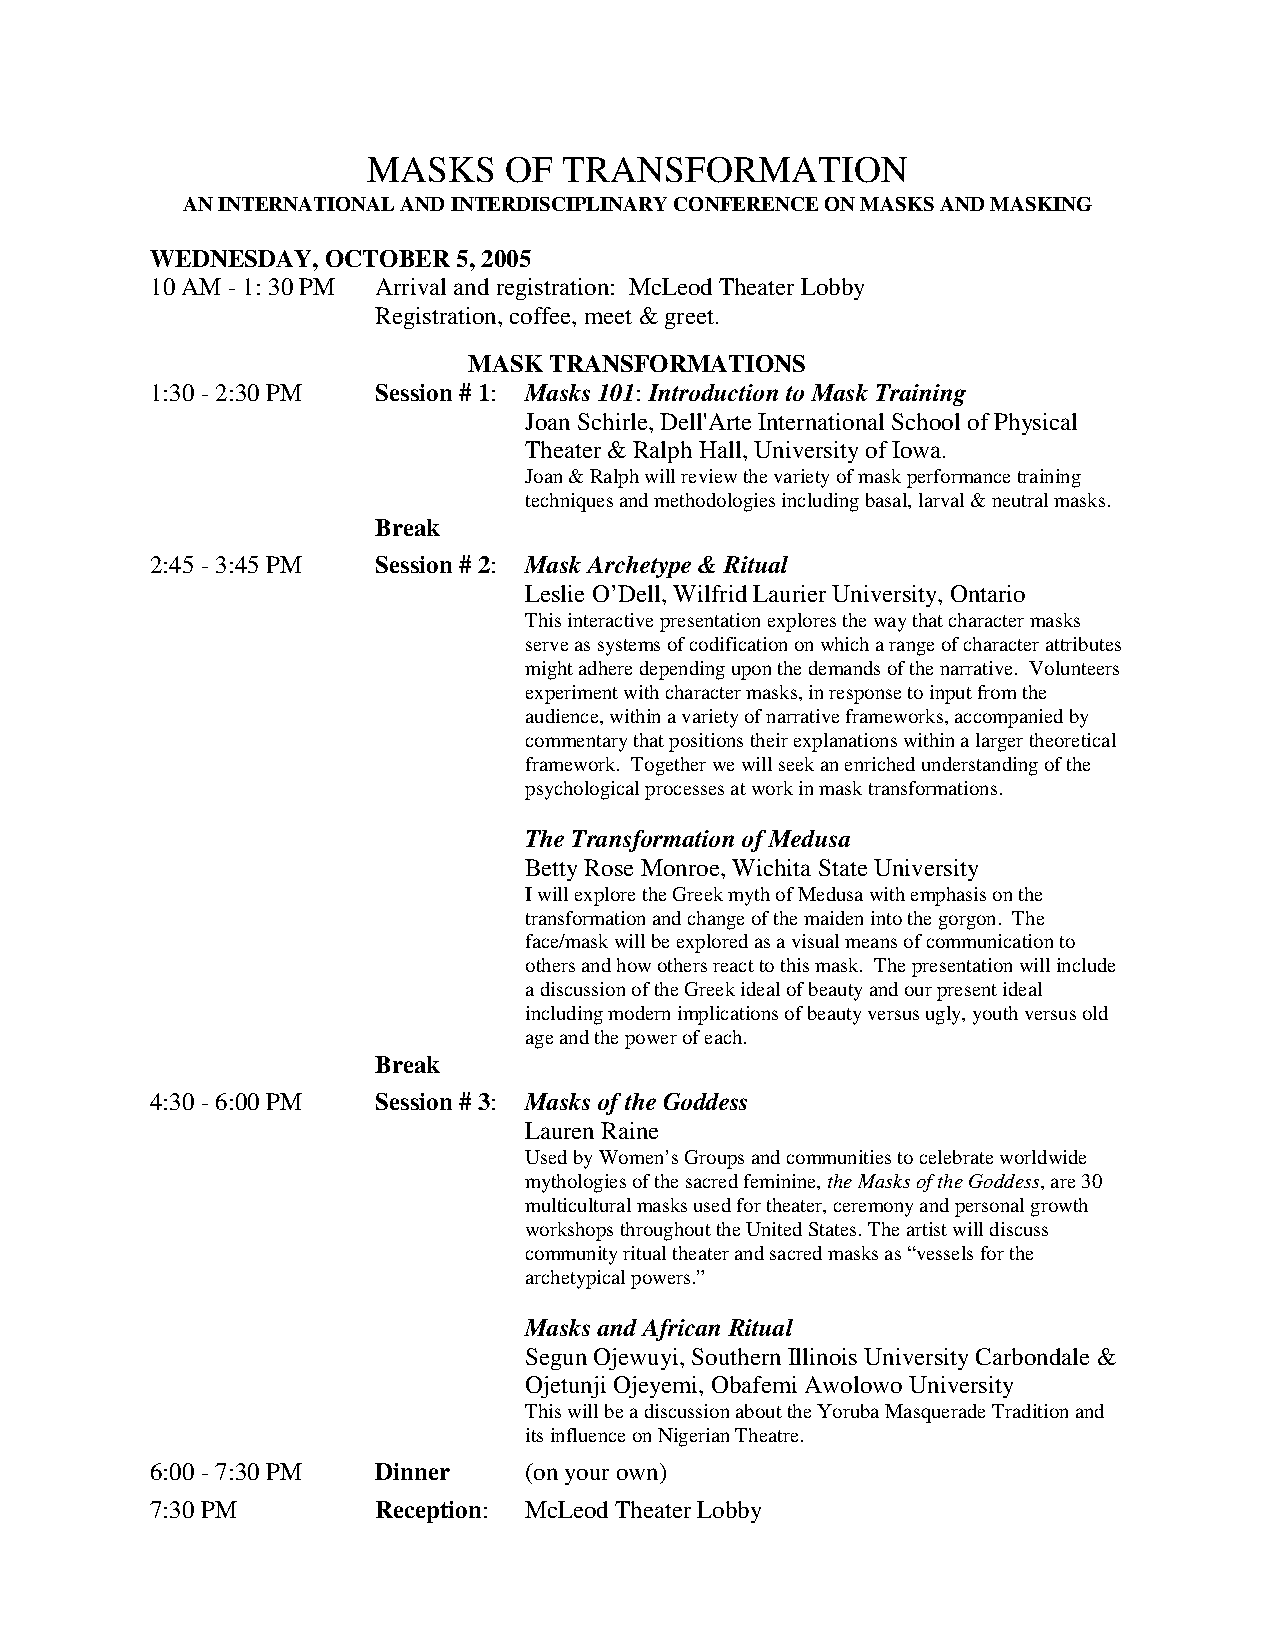
MASKS    OF  TRANSFORMATION
 AN INTERNATIONAL AND INTERDISCIPLINARY CONFERENCE ON MASKS AND MASKING
 WEDNESDAY,  OCTOBER 5, 2005
 10 AM - 1: 30 PM Arrival and registration: McLeod Theater Lobby
 Registration, coffee, meet & greet.
 MASK TRANSFORMATIONS
 1:30 - 2:30 PM Session # 1: Masks 101: Introduction to Mask Training
 Joan Schirle, Dell'Arte International School of Physical
 Theater & Ralph Hall, University of Iowa.
 Joan & Ralph will review the variety of mask performance training
 techniques and methodologies including basal, larval & neutral masks.
 Break
 2:45 - 3:45 PM Session # 2: Mask Archetype & Ritual
 Leslie O’Dell, Wilfrid Laurier University, Ontario
 This interactive presentation explores the way that character masks
 serve as systems of codification on which a range of character attributes
 might adhere depending upon the demands of the narrative. Volunteers
 experiment with character masks, in response to input from the
 audience, within a variety of narrative frameworks, accompanied by
 commentary that positions their explanations within a larger theoretical
 framework. Together we will seek an enriched understanding of the
 psychological processes at work in mask transformations.
 The Transformation of Medusa
 Betty Rose Monroe, Wichita State University
 I will explore the Greek myth of Medusa with emphasis on the
 transformation and change of the maiden into the gorgon. The
 face/mask will be explored as a visual means of communication to
 others and how others react to this mask. The presentation will include
 a discussion of the Greek ideal of beauty and our present ideal
 including modern implications of beauty versus ugly, youth versus old
 age and the power of each.
 Break
 4:30 - 6:00 PM Session # 3: Masks of the Goddess
 Lauren Raine
 Used by Women’s Groups and communities to celebrate worldwide
 mythologies of the sacred feminine, the Masks of the Goddess, are 30
 multicultural masks used for theater, ceremony and personal growth
 workshops throughout the United States. The artist will discuss
 community ritual theater and sacred masks as “vessels for the
 archetypical powers.”
 Masks and African Ritual
 Segun Ojewuyi, Southern Illinois University Carbondale &
 Ojetunji Ojeyemi, Obafemi Awolowo University
 This will be a discussion about the Yoruba Masquerade Tradition and
 its influence on Nigerian Theatre.
 6:00 - 7:30 PM Dinner    (on your own)
 7:30 PM        Reception: McLeod Theater Lobby